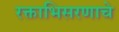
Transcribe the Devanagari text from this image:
रक्ताभिसरणाचे